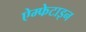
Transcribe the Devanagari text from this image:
ऐम्फेटाइन